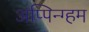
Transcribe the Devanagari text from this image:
अप्पिन्ग्हम